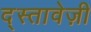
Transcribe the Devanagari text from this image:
द्स्तावेज़ी